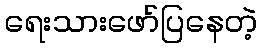
ရေးသားဖော်ပြနေတဲ့